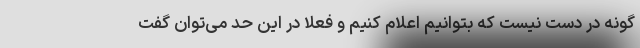
گونه در دست نیست که بتوانیم اعلام کنیم و فعلا در این حد می‌توان گفت